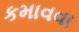
કમાવવા